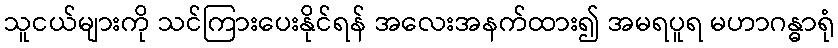
သူငယ်များကို သင်ကြားပေးနိုင်ရန် အလေးအနက်ထား၍ အမရပူရ မဟာဂန္ဓာရုံ